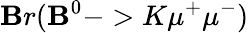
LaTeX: \mathbf{B}r(\mathbf{B}^{0}->K\mu^{+}\mu^{-})